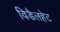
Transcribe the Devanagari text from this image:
विडैलहेट